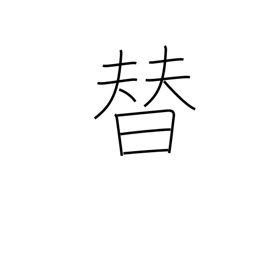
Meaning: per-